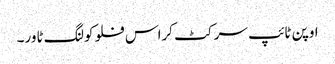
اوپن ٹائپ سرکٹ کراس فلو کولنگ ٹاور۔